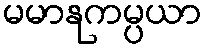
မမာနုကမ္ပယာ